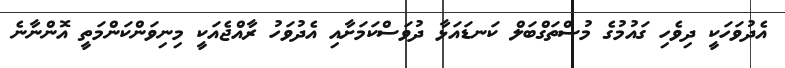
އެދުވަހަކީ ދިވެހި ގައުމުގެ މުސްތަގްބަލް ކަނޑައަޅާ ދުވަސްކަމަށާއި އެދުވަހު ރާއްޖެއަކީ މިނިވަންކަންމަތީ އޮންނާނެ